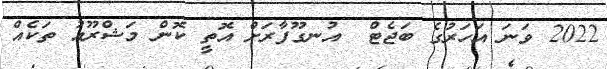
2022 ވަނަ އަހަރުގެ ބަޖެޓް  އުނގޫފާރަށް އޮތީ ކޮން މަޝްރޫއު ތަކެއް